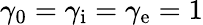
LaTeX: \gamma_{0}=\gamma_{\mathrm{i}}=\gamma_{\mathrm{e}}=1